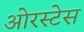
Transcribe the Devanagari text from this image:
ओरस्टेस